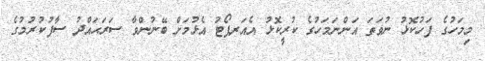
މިމަހުގެ ފަހުކޮޅު ނުވަތަ އަންނަމަހުގެ ކުރީކޮޅު އެއަރޕޯޓު އެޅުމަށް ބޭނުންވާ ސަރަޙައްދު ސާފުކުރުމުގެ